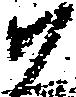
尉